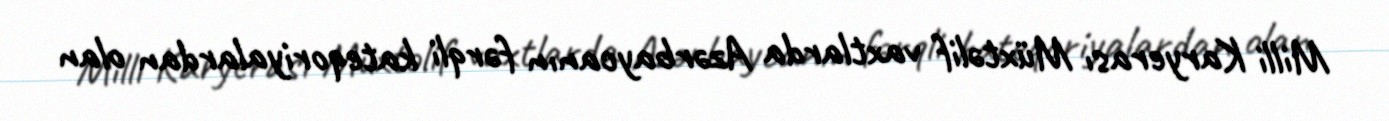
Milli Karyerası Müxtəlif vaxtlarda Azərbaycanın fərqli kateqoriyalardan olan